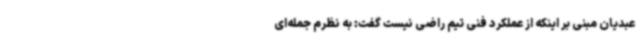
عبدیان مبنی بر اینکه از عملکرد فنی تیم راضی نیست گفت: به نظرم جمله‌ای